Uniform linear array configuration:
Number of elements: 48
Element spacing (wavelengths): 0.75
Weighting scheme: kaiser
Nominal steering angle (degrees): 15
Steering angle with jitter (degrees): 14.01
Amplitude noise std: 0.05
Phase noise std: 0.05

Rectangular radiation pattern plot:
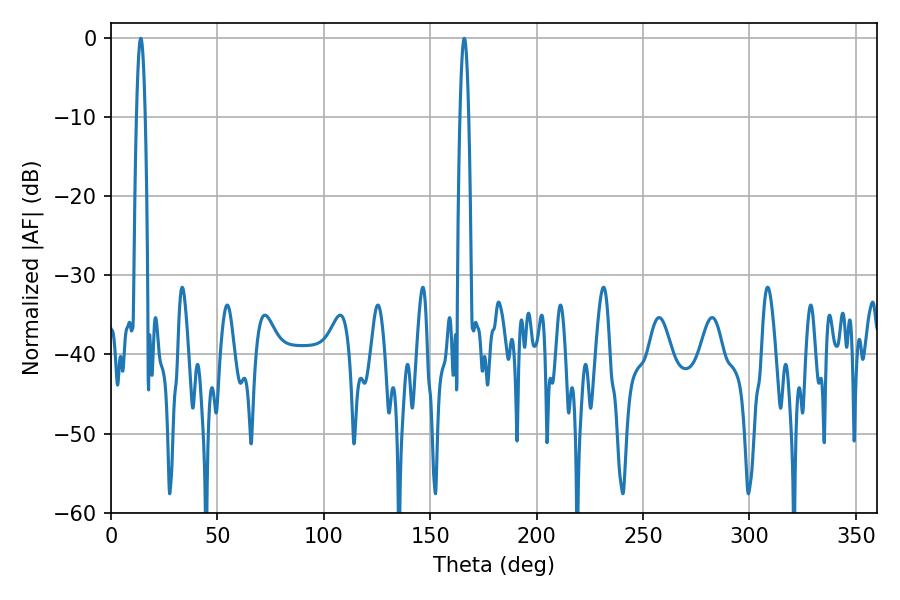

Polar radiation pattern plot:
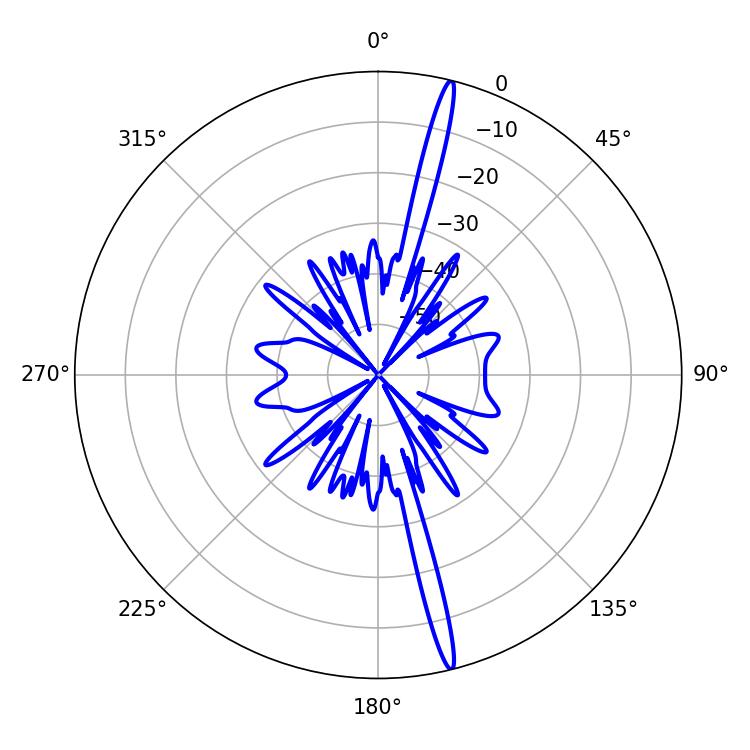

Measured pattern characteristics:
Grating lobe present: TRUE
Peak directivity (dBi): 19.813
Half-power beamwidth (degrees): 2.16
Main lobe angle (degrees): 14.04